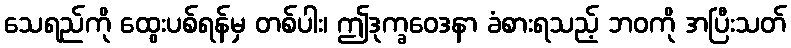
သေရည်ကို ထွေးပစ်ရန်မှ တစ်ပါး၊ ဤဒုက္ခဝေဒနာ ခံစားရသည့် ဘဝကို အပြီးသတ်